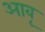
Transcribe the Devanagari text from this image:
आवृ